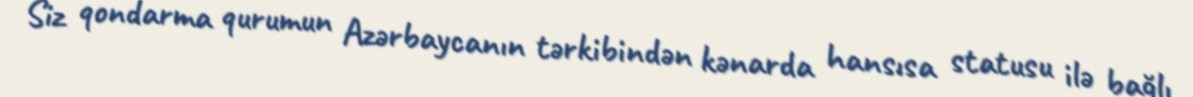
Siz qondarma qurumun Azərbaycanın tərkibindən kənarda hansısa statusu ilə bağlı